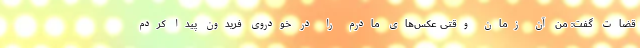
قضات گفت: من آن زمان وقتی عکس‌های مادرم را در خودروی فریدون پیدا کردم